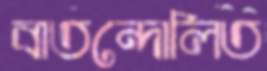
বাতন্দোলিত